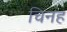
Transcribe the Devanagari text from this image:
चिनह